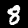
Digit: 8